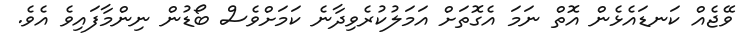
ވޭޖެއް ކަނޑައެޅެން އޮތް ނަމަ އެގޮތަށް އަމަލުކުރެވިދާނެ ކަމަށްވެސް ބޯޑުން ނިންމާފައިވެ އެވެ.